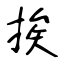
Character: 挨